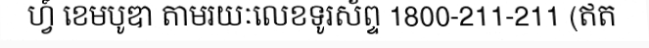
ហ្វ៍ ខេមបូឌា តាមរយៈលេខទូរស័ព្ទ 1800-211-211 (ឥត